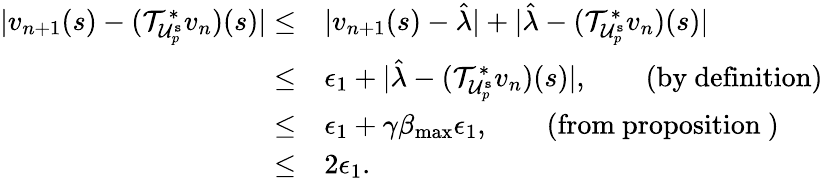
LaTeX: \begin{array}{rl}{\lvert v_{n+1}(s)-(\mathcal{T}_{\mathcal{U}_{p}^{\mathtt{s}}}^{*}v_{n})(s)\rvert\leq}&{\lvert v_{n+1}(s)-\hat{\lambda}\rvert+\lvert\hat{\lambda}-(\mathcal{T}_{\mathcal{U}_{p}^{\mathtt{s}}}^{*}v_{n})(s)\rvert}\\ {\leq}&{\epsilon_{1}+\lvert\hat{\lambda}-(\mathcal{T}_{\mathcal{U}_{p}^{\mathtt{s}}}^{*}v_{n})(s)\rvert,\qquad\mathrm{(by~definition)}}\\ {\leq}&{\epsilon_{1}+\gamma\beta_{\operatorname*{max}}\epsilon_{1},\qquad\mathrm{(from~proposition~)}}\\ {\leq}&{2\epsilon_{1}.}\end{array}